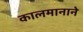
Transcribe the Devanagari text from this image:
कालमानाने